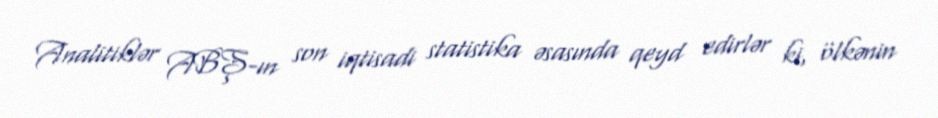
Analitiklər ABŞ-ın son iqtisadi statistika əsasında qeyd edirlər ki, ölkənin